Report of the King Institute of Preventive Medicine, Guindy
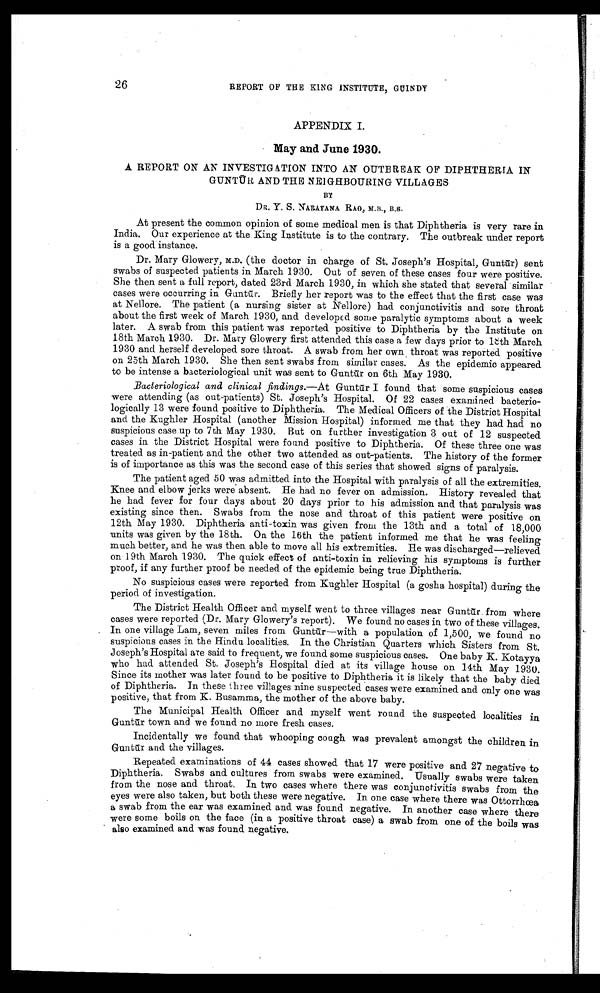
26
REPORT OF THE KING INSTITUTE, GUINDY
APPENDIX I.
May and. June 1930.
A REPORT ON AN INVESTIGATION INTO AN OUTBREAK OF DIPHTHERIA IN
GUNTŪR AND THE NEIGHBOURING VILLAGES
BY
DR. Y. S. NARAYANA RAO, M.B., B.S.
At present the common opinion of some medical men is that Diphtheria is very rare in
India. Our experience at the King Institute is to the contrary. The outbreak under report
is a good instance.
Dr. Mary Glowery, M.D. (the doctor in charge of St. Joseph's Hospital, Gunt ū r) sent
swabs of suspected patients in March 1930. Out of seven of these cases four were positive.
She then sent a full report, dated 23rd March 1930, in which she stated that several similar
cases were occurring in Guntū r. Briefly her report was to the effect that the first case was
at Nellore. The patient (a nursing sister at Nellore) had conjunctivitis and sore throat
about the first week of March 1930, and developed some paralytic symptoms about a week
later. A swab from this patient was reported positive to Diphtheria by the Institute on
18th March 1930. Dr. Mary Glowery first attended this case a few days prior to 18th March
1930 and herself developed sore throat. A swab from her own throat was reported positive
on 25th March 1930. She then sent swabs from similar cases. As the epidemic appeared.
to be intense a bacteriological unit was sent to Gunt ū r on 6th May 1930.
Bacteriological and clinical findings .—At Guntur I found that some suspicious cases
were attending (as out-patients) St. Joseph's Hospital. Of 22 cases examined bacterio-
logically 13 were found positive to Diphtheria. The Medical Officers of the District Hospital
and the Kughler Hospital (another Mission Hospital) informed me that they had had no
suspicious case up to 7th May 1930. But on further investigation 3 out of 12 suspected.
cases in the District Hospital were found positive to Diphtheria. Of these three one was
treated as in-patient and the other two attended as out-patients. The history of the former
is of importance as this was the second case of this series that showed signs of paralysis.
The patient aged 50 was admitted into the Hospital with paralysis of all the extremities.
Knee and elbow jerks were absent. He had no fever on admission. History revealed that
he had fever for four days about 20 days prior to his admission and that paralysis was
existing since then. Swabs from the nose and throat of this patient were positive on
12th May 1930. Diphtheria anti-toxin was given from the 13th and a total of 18,000
units was given by the 18th. On the 16th the patient informed me that he was feeling
much better, and he was then able to move all his extremities. He was discharged—relieved
on 19th March 1930. The quick effect of anti-toxin in relieving his symptoms is further
proof, if any further proof be needed of the epidemic being true Diphtheria.
No suspicious cases were reported from Kughler Hospital (a gosha hospital) during the
period of investigation.
The District Health Officer and myself went to three villages near Gunt ū r from where
cases were reported (Dr. Mary Glowery's report). We found no cases in two of these villages.
In one village Lam, seven miles from Guntū r—with a population of 1,500, we found no
suspicious cases in the Hindu localities. In the Christian Quarters which Sisters from St.
Joseph's Hospital are said to frequent, we found some suspicious cases. One baby K. Kotayya
who had attended St. Joseph's Hospital died at its village house on 14th May 1930.
Since its mother was later found to be positive to Diphtheria it is likely that the baby died
of Diphtheria. In these three villages nine suspected cases were examined and only one was
positive, that from K. Busamma, the mother of the above baby.
The Municipal Health Officer and. myself went round the suspected localities in.
Guntū r town and we found no more fresh cases.
Incidentally we found that whooping cough was prevalent amongst the children in
Guntur and the villages.
Repeated examinations of 44 cases showed that 17 were positive and 27 negative to
Diphtheria. Swabs and cultures from swabs were examined. Usually swabs were taken
from the nose and throat. In two cases where there was conjunctivitis swabs from the
eyes were also taken, but both these were negative. In one case where there was Ottorrhœa
a swab from the ear was examined and was found negative. In another case where there
were some boils on the face (in a positive throat case) a swab from one of the boils was
also examined and was found negative.